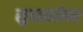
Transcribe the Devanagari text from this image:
सुधाबरोबर